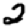
Digit: 2